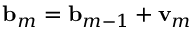
\ensuremath { \mathbf { b } } _ { m } = \ensuremath { \mathbf { b } } _ { m - 1 } + \ensuremath { \mathbf { v } } _ { m }